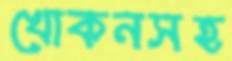
খোকনসহ